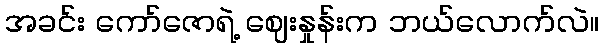
အခင်း ကော်ဇောရဲ့ ဈေးနှုန်းက ဘယ်လောက်လဲ။